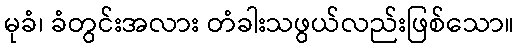
မုခံ၊ ခံတွင်းအလား တံခါးသဖွယ်လည်းဖြစ်သော။